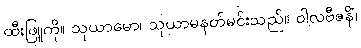
ထီးဖြူကို။ သုယာမော၊ သုယာမနတ်မင်းသည်။ ဝါလဗီဇနိံ၊